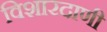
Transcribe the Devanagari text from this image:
विशारदाणी